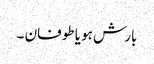
بارش ہو یا طوفان ۔